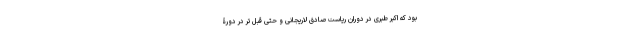
بود که اکبر طبری در دوران ریاست صادق لاریجانی و حتی قبل تر در دورۀ